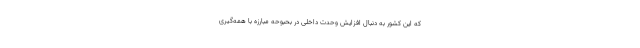
که این کشور به دنبال افزایش وحدت داخلی در بحبوحه مبارزه با همه‌گیری